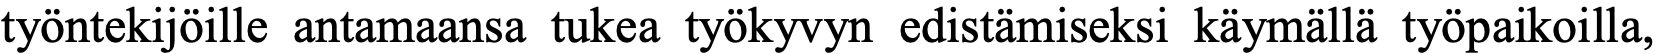
työntekijöille antamaansa tukea työkyvyn edistämiseksi käymällä työpaikoilla,